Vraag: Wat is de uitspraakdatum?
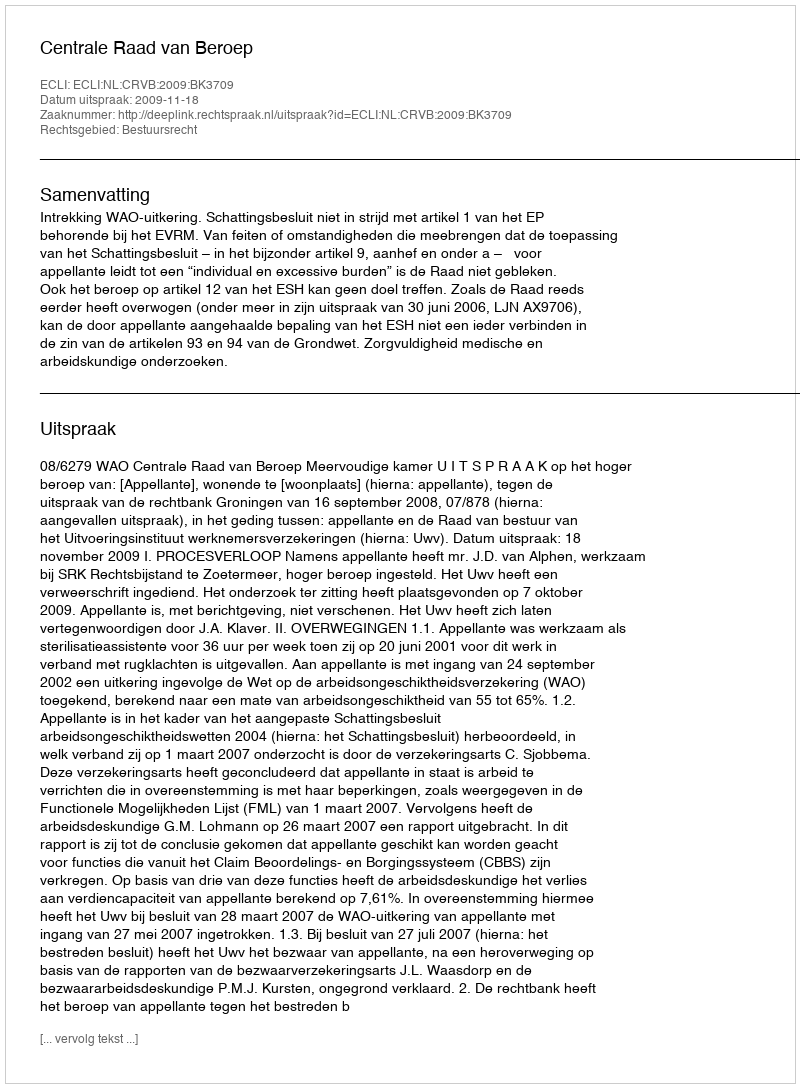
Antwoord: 2009-11-18